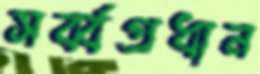
সর্ব্বপ্রধান